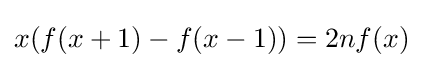
x(f(x+1)-f(x-1))=2nf(x)